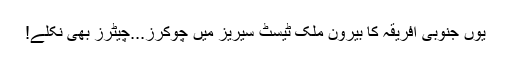
یوں جنوبی افریقہ کا بیرون ملک ٹیسٹ سیریز میں چوکرز...چیٹرز بھی نکلے!